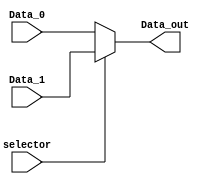
module MUX_3(
    input wire selector,
    input wire [31:0] Data_0, // 0 vem do registrador B
    input wire [31:0] Data_1, // 1 vem do StoreSize
    output wire [31:0] Data_out
);

assign Data_out = (selector) ? Data_1 : Data_0;

endmodule